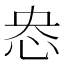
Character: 𢘲